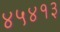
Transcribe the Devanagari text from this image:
४५४१३